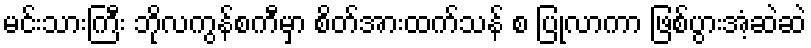
မင်းသားကြီး ဘိုလကွန်စကီမှာ စိတ်အားထက်သန် စ ပြုလာကာ ဖြစ်ပွားအံ့ဆဲဆဲ